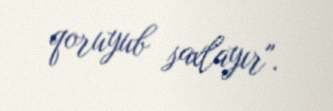
qoruyub saxlayır".